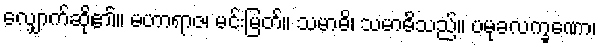
လျှောက်ဆို၏။ မဟာရာဇ၊ မင်းမြတ်။ သမာဓိ၊ သမာဓိသည်။ ပမုခလက္ခဏော၊